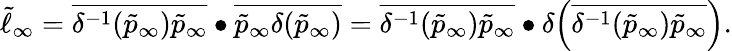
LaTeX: \tilde{\ell}_{\infty}=\overline{{\delta^{-1}(\tilde{p}_{\infty})\tilde{p}_{\infty}}}\bullet\overline{{\tilde{p}_{\infty}\delta(\tilde{p}_{\infty})}}=\overline{{\delta^{-1}(\tilde{p}_{\infty})\tilde{p}_{\infty}}}\bullet\delta\Big(\overline{{\delta^{-1}(\tilde{p}_{\infty})\tilde{p}_{\infty}}}\Big).